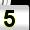
Digit: 5